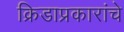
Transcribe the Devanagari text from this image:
क्रिडाप्रकारांचे